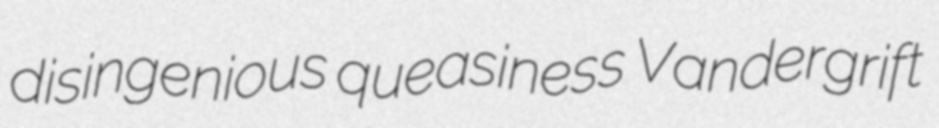
disingenious queasiness Vandergrift